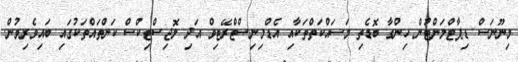
މިނޫނަސް ޑިޕާޓްމަންޓުން ހިންގާ ބޮޑެތި މަސައްކަތްތަކާއި އެޑްމިނިސްޓްރޭޓިވް އަދި ލޮޖިސްޓިކްސް ކަންތައްތަކުގައި ބައިވެރިވުން.